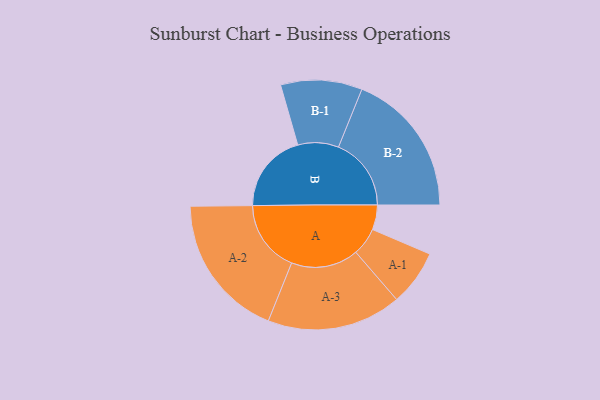
{"axis": {"x": "Segment", "y": "Value"}, "legend": ["", "A", "B"], "data": [{"x": "A", "y": 102, "type": ""}, {"x": "B", "y": 329, "type": ""}, {"x": "A-1", "y": 115, "type": "A"}, {"x": "A-2", "y": 298, "type": "A"}, {"x": "A-3", "y": 277, "type": "A"}, {"x": "B-1", "y": 168, "type": "B"}, {"x": "B-2", "y": 300, "type": "B"}]}